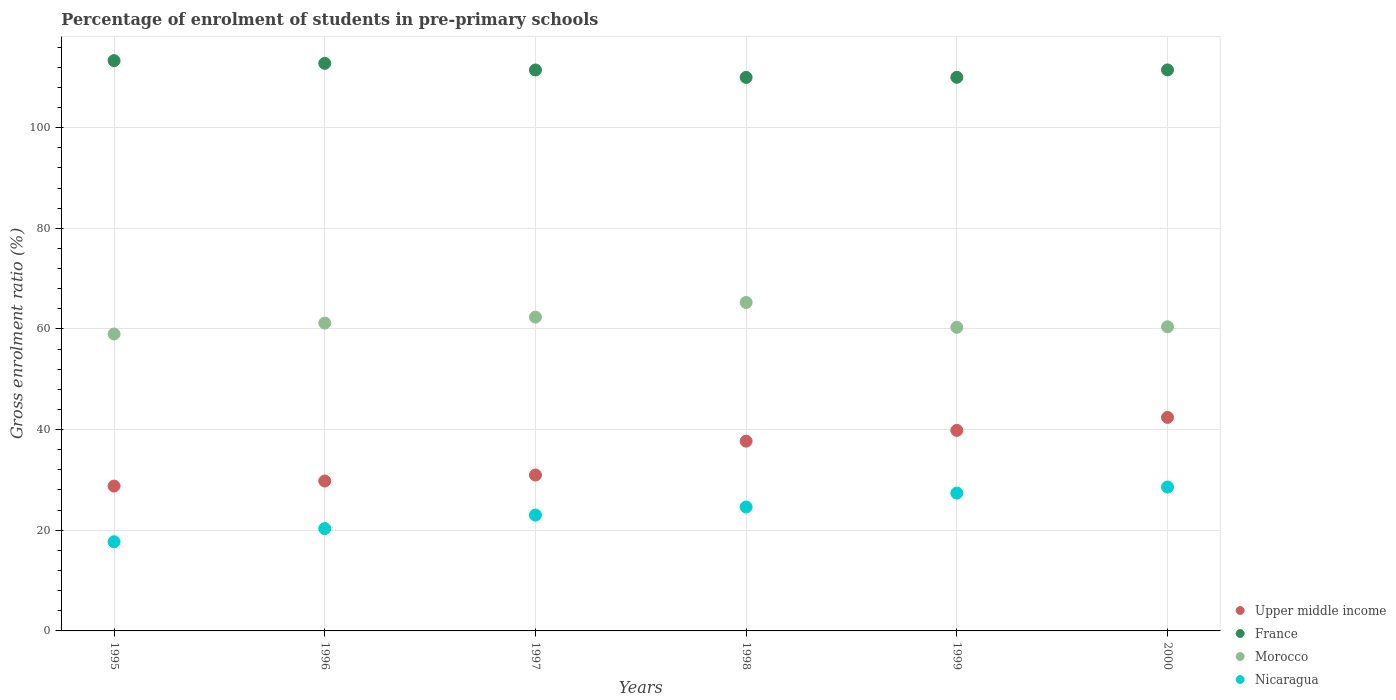
| Years | Upper middle income | France | Morocco | Nicaragua |
 | --- | --- | --- | --- | --- |
 | 1995 | 28.8 | 113 | 59 | 17.7 |
 | 1996 | 29.8 | 113 | 61.2 | 20.3 |
 | 1997 | 31 | 111 | 62.4 | 23 |
 | 1998 | 37.7 | 110 | 65.3 | 24.6 |
 | 1999 | 39.8 | 110 | 60.3 | 27.4 |
 | 2000 | 42.4 | 111 | 60.4 | 28.6 |